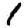
Digit: 1